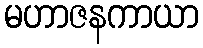
မဟာဇနကာယာ